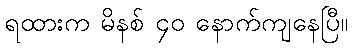
ရထားက မိနစ် ၄၀ နောက်ကျနေပြီ။